Scottish Leaving Certificate Examination, 1960
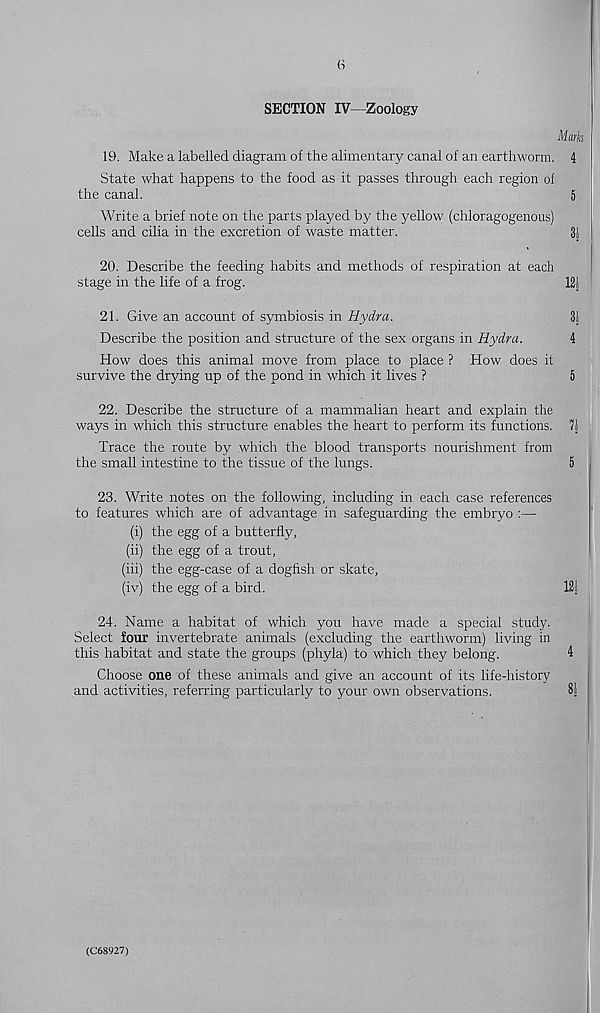
SECTION IV—Zoology
Mark
19. Make a labelled diagram of the alimentary canal of an earthworm. 4
State what happens to the food as it passes through each region of
the canal.
5
Write a brief note on the parts played by the yellow (chloragogenous)
cells and cilia in the excretion of waste matter.
3|
20. Describe the feeding habits and methods of respiration at each
stage in the life of a frog.
12}
21. Give an account of symbiosis in Hydra.
3}
Describe the position and structure of the sex organs in Hydra.
4
How does this animal move from place to place ? How does it
survive the drying up of the pond in which it lives ?
5
22. Describe the structure of a mammalian heart and explain the
ways in which this structure enables the heart to perform its functions. 7}
Trace the route by which the blood transports nourishment from
the small intestine to the tissue of the lungs.
5
23. Write notes on the following, including in each case references
to features which are of advantage in safeguarding the embryo :—
(i) the egg of a butterfly,
(ii) the egg of a trout,
(iii) the egg-case of a dogfish or skate,
(iv) the egg of a bird.
12}
24. Name a habitat of which you have made a special study.
Select four invertebrate animals (excluding the earthworm) living in
this habitat and state the groups (phyla) to which they belong.
4
Choose one of these animals and give an account of its life-history
and activities, referring particularly to your own observations.
8}
(C68927)